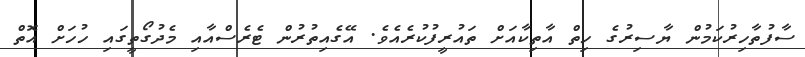
ސާފުތާހިރުކަމުން ޔާސިރުގެ ހިތް އާތިކާއަށް ތައުރީފުކުރެއެވެ. އޭގެއިތުރުން ޓެރެސްއާއި މެދުގޯތީގައި ހުހަށް އޮތް